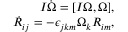
\begin{array} { r } { I \dot { \boldsymbol \Omega } = [ I { \boldsymbol \Omega } , { \boldsymbol \Omega } ] , } \\ { \dot { R } _ { i j } = - \epsilon _ { j k m } \Omega _ { k } R _ { i m } , } \end{array}